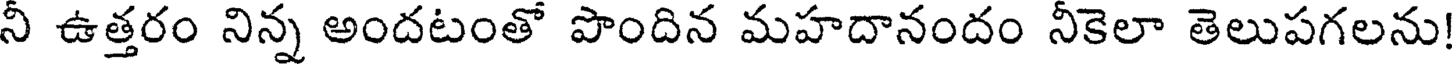
నీ ఉత్తరం నిన్న అందటంతో పొందిన మహదానందం నీకెలా తెలుపగలను